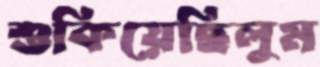
শুকিয়েছিলুম